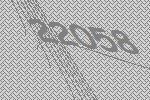
22058